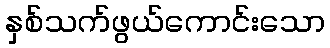
နှစ်သက်ဖွယ်ကောင်းသော